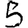
Digit: 5